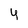
Character: y